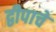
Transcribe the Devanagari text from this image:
द्वीपाचे